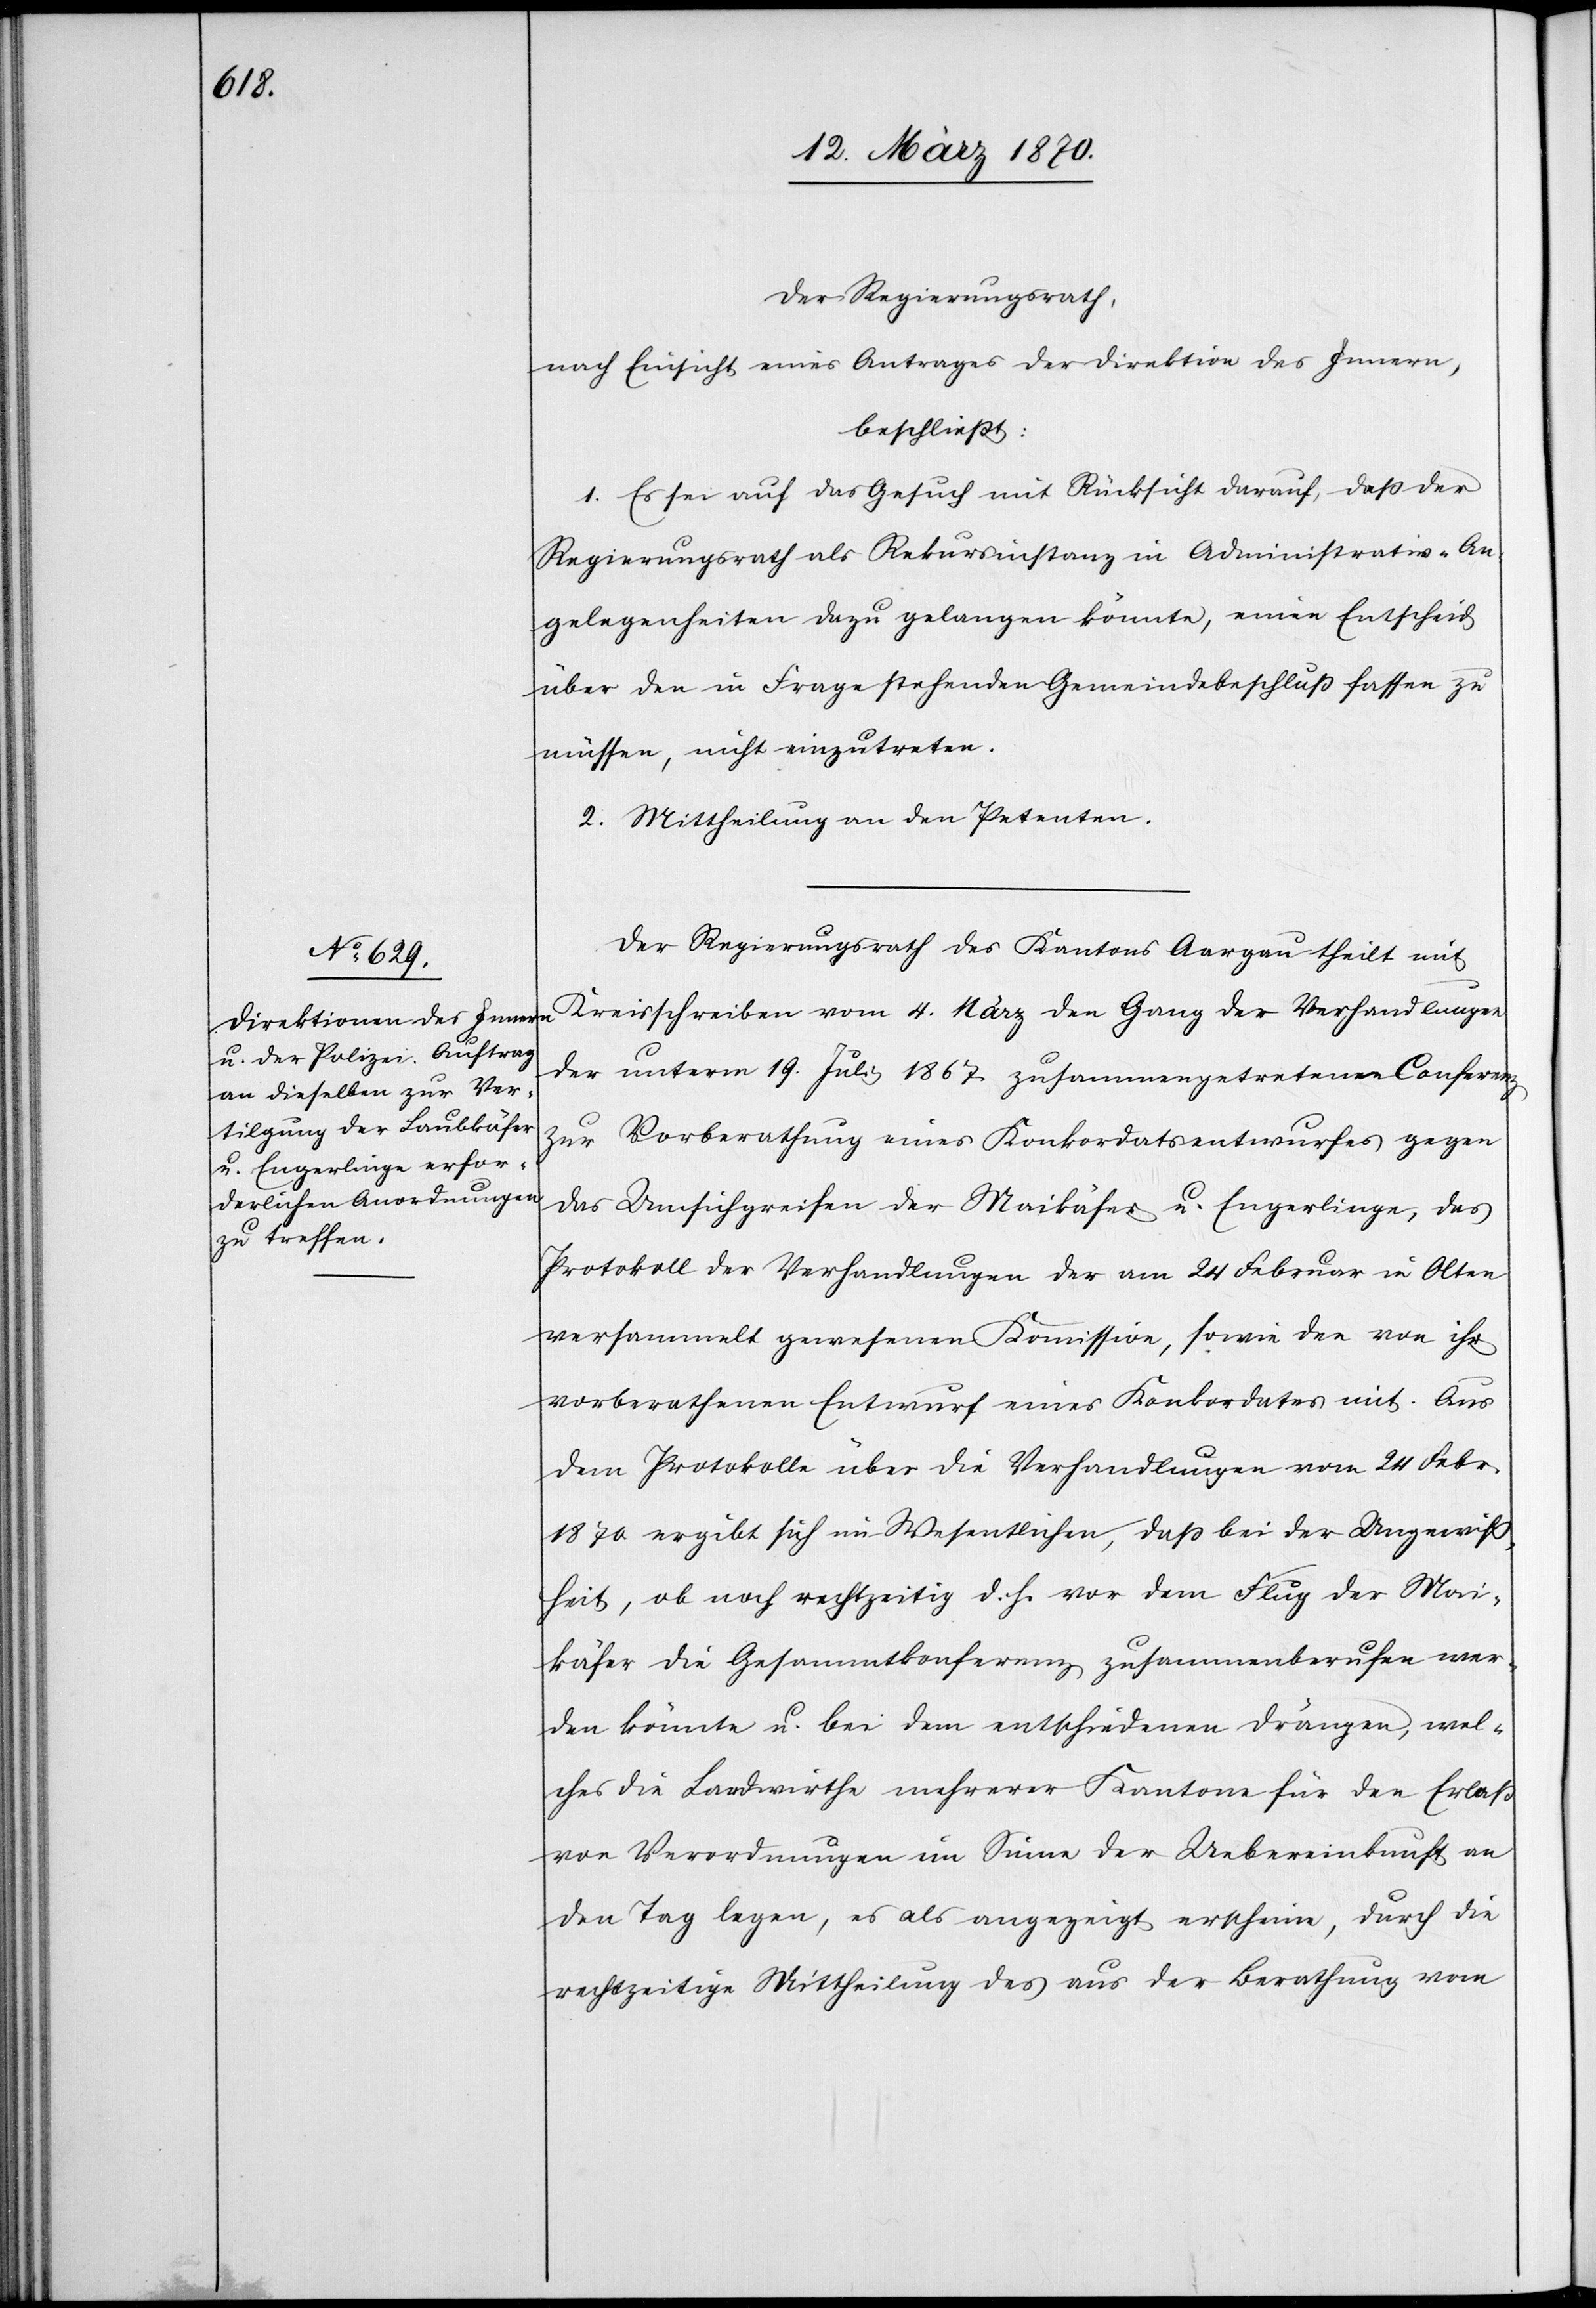
Der Regierungsrath,
nach Einsicht eines Antrages der Direktion des Innern,
beschließt:
1. Es sei auf das Gesuch mit Rücksicht darauf, daß der
Regierungsrath als Rekursinstanz in Administrativ-An¬
gelegenheiten dazu gelangen könnte, einen Entscheid
über den in Frage stehenden Gemeindebeschluß fassen zu
müssen, nicht einzutreten.
2. Mittheilung an den Petenten.
Der Regierungsrath des Kantons Aargau theilt mit
Kreisschreiben vom 4. März den Gang der Verhandlungen
der unterm 19. Juli 1867. zusammengetretenen Conferenz
zur Vorberathung eines Konkordatsentwurfes gegen
das Umsichgreifen der Maikäfer u. Engerlinge, das
Protokoll der Verhandlungen der am 24 Februar in Olten
versammelt gewesenen Kommission, sowie den von ihr
vorberathenen Entwurf eines Konkordates mit. Aus
dem Protokolle über die Verhandlungen vom 24 Febr.
1870 ergibt sich im Wesentlichen, daß bei der Ungewiß¬
heit, ob noch rechtzeitig d. h. vor dem Flug der Mai¬
käfer die Gesammtkonferenz zusammenberufen wer¬
den könnte u. bei dem entschiedenen Drängen, wel¬
ches die Landwirthe meherer Kantone für den Erlaß
von Verordnungen im Sinne der Uebereinkunft an
den Tag legen, es als angezeigt erscheine, durch die
rechtzeitige Mittheilung des aus der Berathung vom